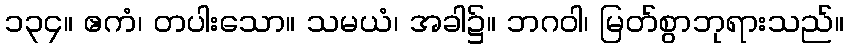
၁၃၄။ ဧကံ၊ တပါးသော။ သမယံ၊ အခါ၌။ ဘဂဝါ၊ မြတ်စွာဘုရားသည်။